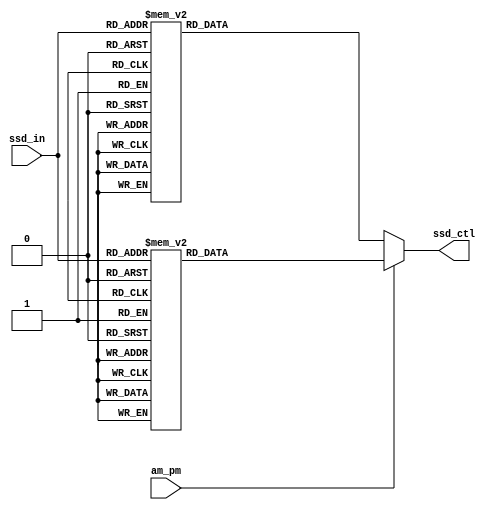
`timescale 1ns / 1ps


`define SS_0 8'b00000011
`define SS_1 8'b10011111
`define SS_2 8'b00100101
`define SS_3 8'b00001101
`define SS_4 8'b10011001
`define SS_5 8'b01001001
`define SS_6 8'b01000001
`define SS_7 8'b00011111
`define SS_8 8'b00000001
`define SS_9 8'b00001001
`define SS_F 8'b01110001

`define SS_0_PM 8'b00000010
`define SS_1_PM 8'b10011110
`define SS_2_PM 8'b00100100
`define SS_3_PM 8'b00001100
`define SS_4_PM 8'b10011000
`define SS_5_PM 8'b01001000
`define SS_6_PM 8'b01000000
`define SS_7_PM 8'b00011110
`define SS_8_PM 8'b00000000
`define SS_9_PM 8'b00001000
`define SS_F_PM 8'b01110000

module Display(
    input [3:0]ssd_in,
    input am_pm,
    output reg [7:0] ssd_ctl
    );
    
always @*
    if(am_pm==0)
    begin
      case (ssd_in)
        4'd0: ssd_ctl= `SS_0;
        4'd1: ssd_ctl = `SS_1;
        4'd2: ssd_ctl = `SS_2;
        4'd3: ssd_ctl = `SS_3;
        4'd4: ssd_ctl = `SS_4;
        4'd5: ssd_ctl = `SS_5;
        4'd6: ssd_ctl = `SS_6;
        4'd7: ssd_ctl = `SS_7;
        4'd8: ssd_ctl = `SS_8;
        4'd9: ssd_ctl = `SS_9;
        default: ssd_ctl = `SS_9;
        endcase
   end
   else
   begin
      case (ssd_in)
        4'd0: ssd_ctl = `SS_0_PM;
        4'd1: ssd_ctl = `SS_1_PM;
        4'd2: ssd_ctl = `SS_2_PM;
        4'd3: ssd_ctl = `SS_3_PM;
        4'd4: ssd_ctl = `SS_4_PM;
        4'd5: ssd_ctl = `SS_5_PM;
        4'd6: ssd_ctl = `SS_6_PM;
        4'd7: ssd_ctl = `SS_7_PM;
        4'd8: ssd_ctl = `SS_8_PM;
        4'd9: ssd_ctl = `SS_9_PM;
        default: ssd_ctl = `SS_9_PM;
        endcase       
   end
             
endmodule